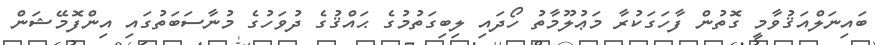
ބައިނަލްއަޤުވާމީ ގޮތުން ފާހަގަކުރާ މަޢުލޫމާތު ހޯދައި ލިބިގަތުމުގެ ޙައްޤުގެ ދުވަހުގެ މުނާސަބަތުގައި އިންފޮމޭޝަން